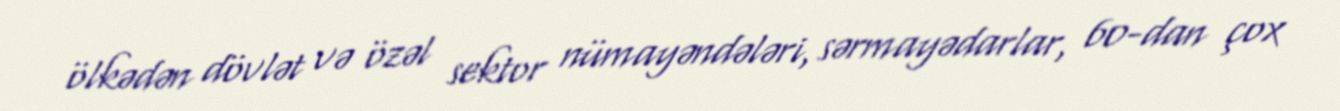
ölkədən dövlət və özəl sektor nümayəndələri, sərmayədarlar, 60-dan çox